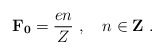
\begin{align*}\mathbf{F_{0}} = \frac{en}{Z}\ ,\quad n \in {\bf Z}\ .\end{align*}